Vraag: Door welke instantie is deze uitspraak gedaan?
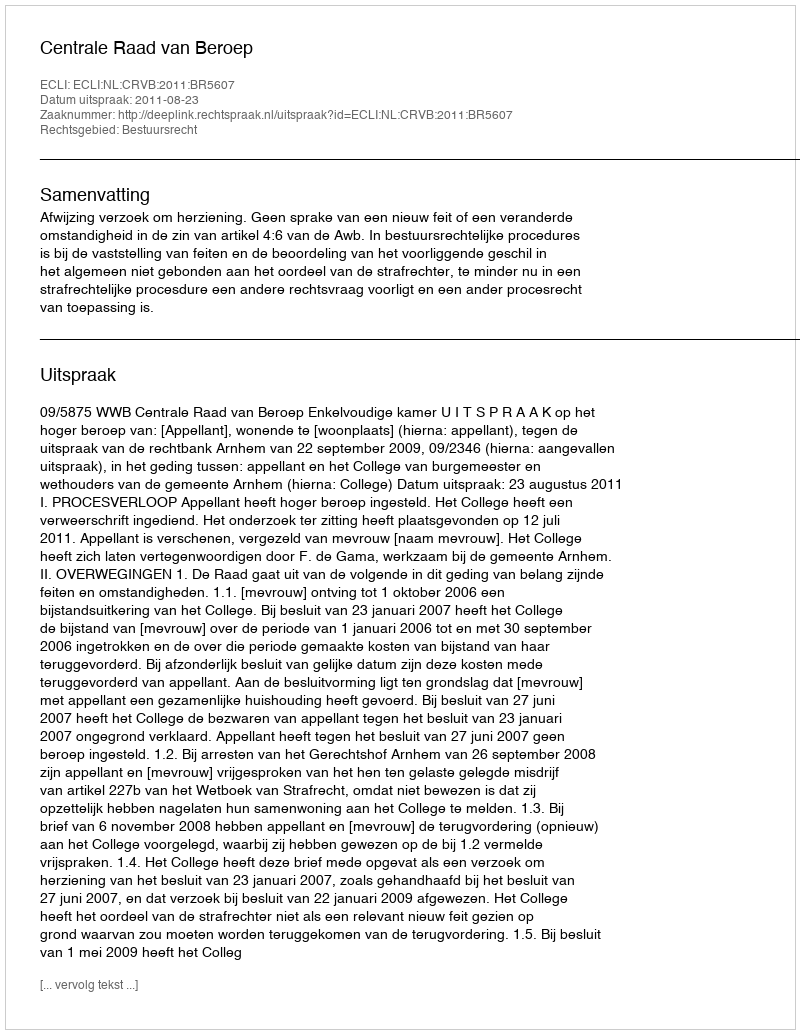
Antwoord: Centrale Raad van Beroep